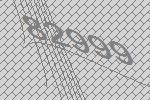
82999